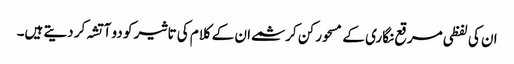
ان کی لفظی مرقع نگاری کے مسحور کن کرشمے ان کے کلام کی تاثیر کو دو آتشہ کر دیتے ہیں۔